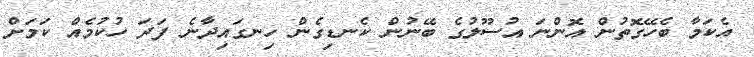
އެކަމާ ބެހޭގޮތުން އޮންނަ އުސޫލުގެ ބޭނުން ކެނޑިގެން ހިނގައިދާނެ ފަދަ ހުކުމެއް ކަމަށް